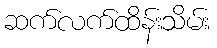
ဆက်လက်ထိန်းသိမ်း